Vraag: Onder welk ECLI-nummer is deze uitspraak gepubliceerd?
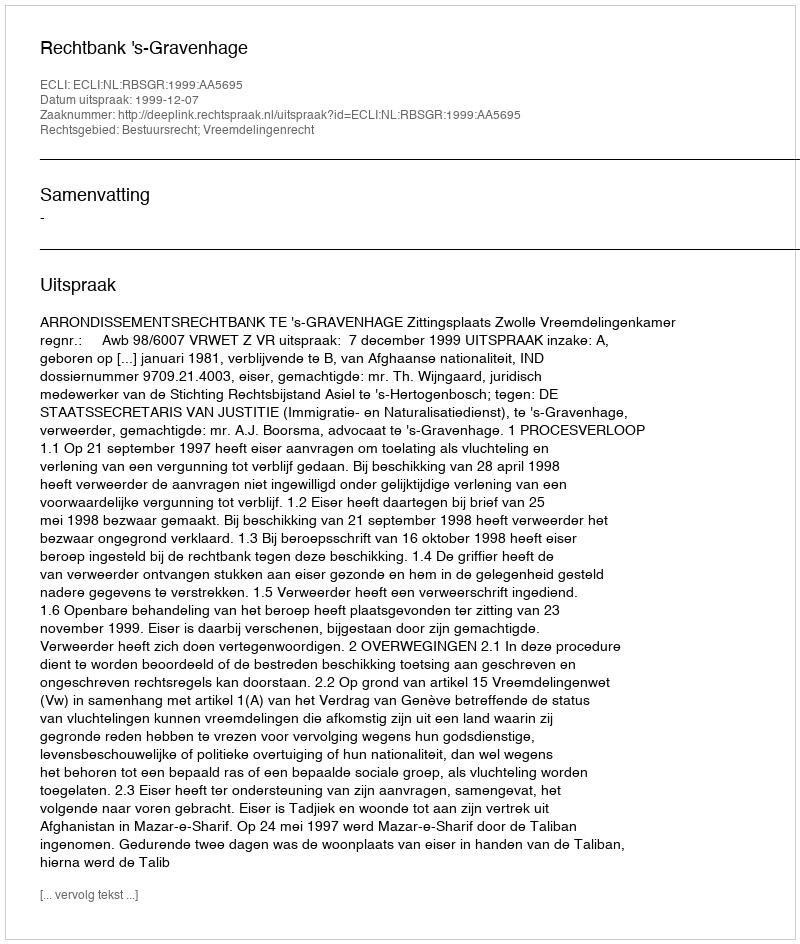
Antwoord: ECLI:NL:RBSGR:1999:AA5695